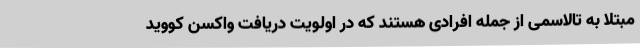
مبتلا به تالاسمی از جمله افرادی هستند که در اولویت دریافت واکسن کووید